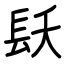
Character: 镺